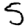
Digit: 5